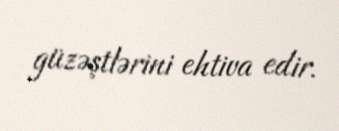
güzəştlərini ehtiva edir.